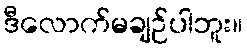
ဒီလောက်မချဉ်ပါဘူး။